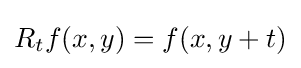
R_{t}f(x,y)=f(x,y+t)